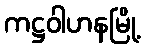
ကဋ္ဌဝါဟနမြို့